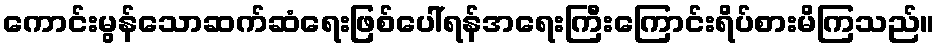
ကောင်းမွန်သောဆက်ဆံရေးဖြစ်ပေါ်ရန်အရေးကြီးကြောင်းရိပ်စားမိကြသည်။